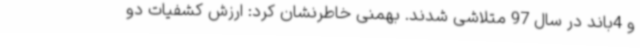
و 4باند در سال 97 متلاشی شدند. بهمنی خاطرنشان کرد: ارزش کشفیات دو